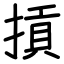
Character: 摃